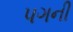
પગની